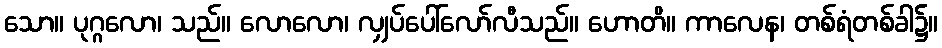
သော။ ပုဂ္ဂလော၊ သည်။ လောလော၊ လျှပ်ပေါ်လော်လီသည်။ ဟောတိ။ ကာလေန၊ တစ်ရံတစ်ခါ၌။